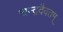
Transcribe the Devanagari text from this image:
चन्द्रदैवतम्